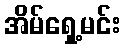
အိမ်ရှေ့မင်း